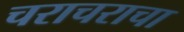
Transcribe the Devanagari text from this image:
चराचराचा